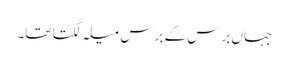
جہاں برس کے برس میلہ لگتا تھا۔